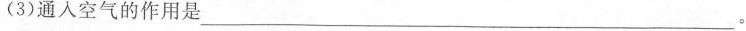
(3)通人空气的作用是___。